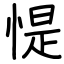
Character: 惿